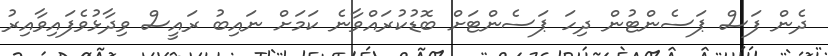
ދެން ފަސް ޕަސެންޓުން ދިހަ ޕަސެންޓަށް ބޮޑުކުރައްވާނެ ކަމަށް ނައިބު ރައީސް ވިދާޅުވެފައިވާއިރު